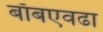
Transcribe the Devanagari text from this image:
बाँबएवढा